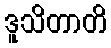
ဒူသိတာတိ